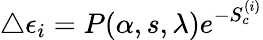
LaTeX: \triangle\epsilon_{i}=P(\alpha,s,\lambda)e^{-S_{c}^{(i)}}